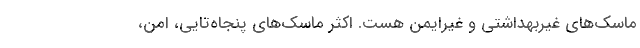
ماسک‌های غیربهداشتی و غیرایمن هست. اکثر ماسک‌های پنجاه‌تایی، امن،